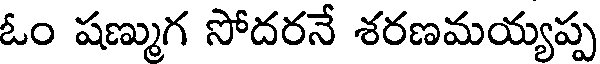
ఓం షణ్ముగ సోదరనే శరణమయ్యప్ప